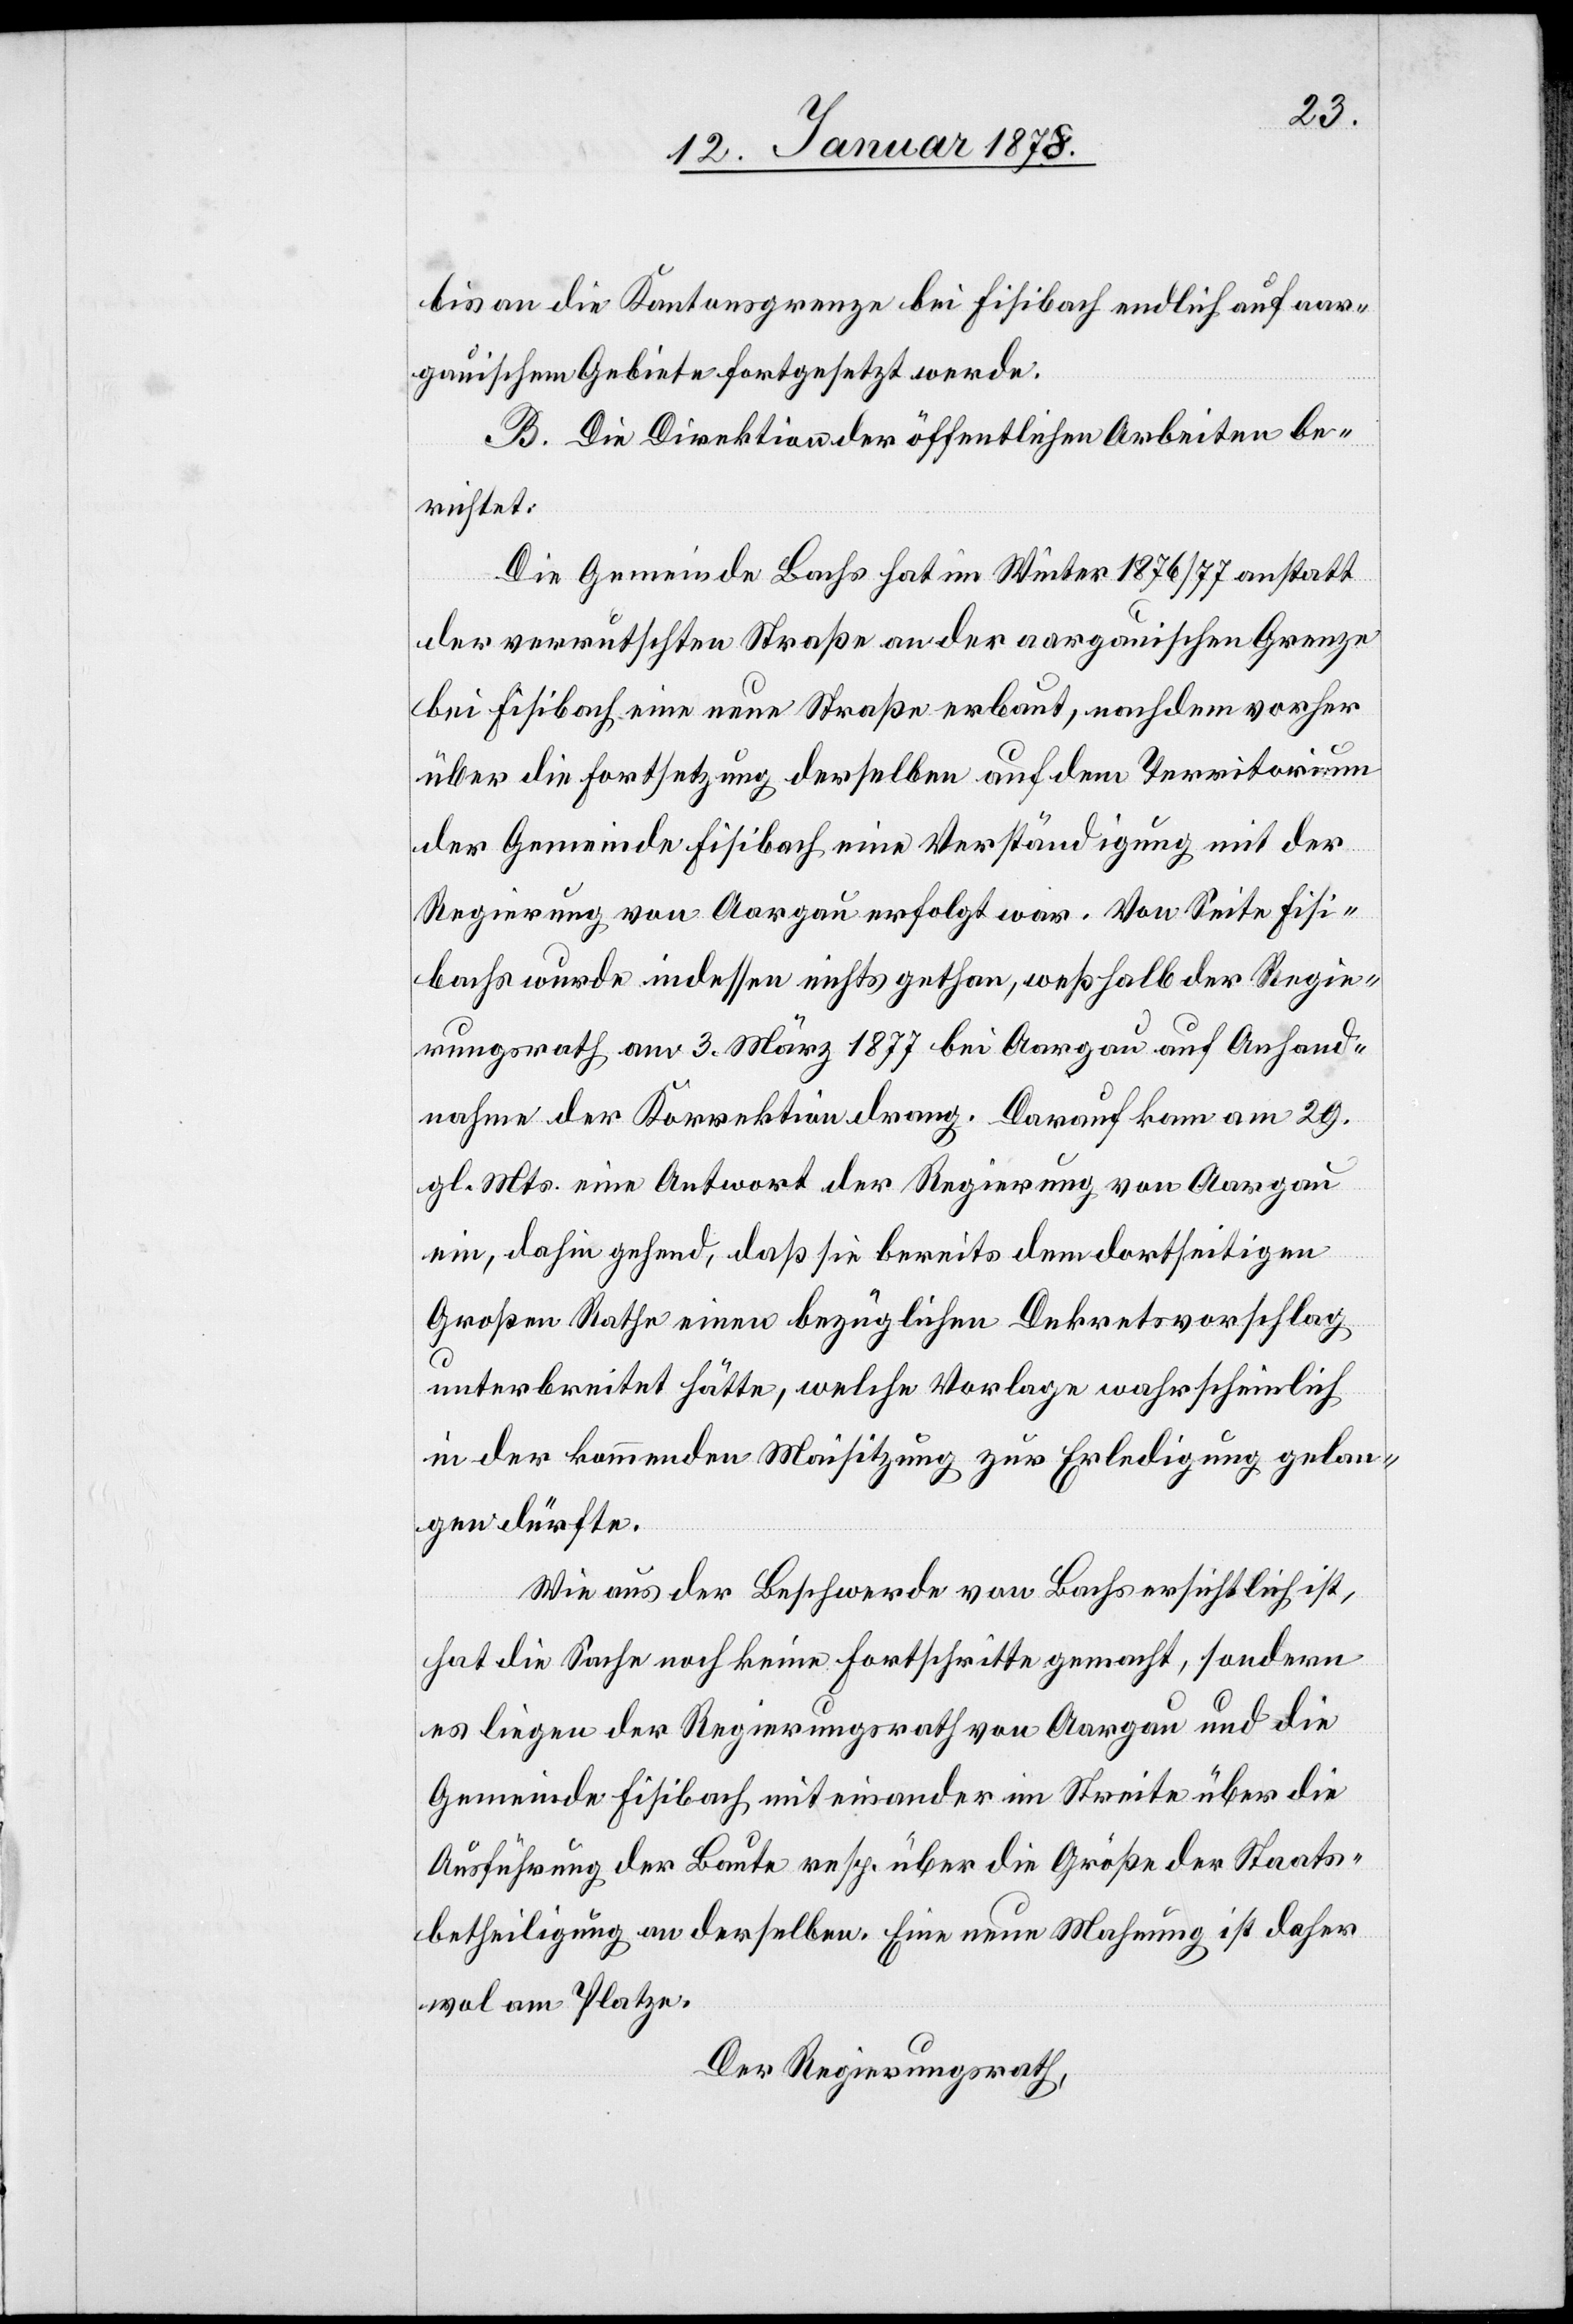
bis an die Kantonsgrenze bei Fisibach endlich auf aar¬
gauischem Gebiete fortgesetzt werde.
B. Die Direktion der öffentlichen Arbeiten be¬
richtet:
Die Gemeinde Bachs hat im Winter 1876/77 anstatt
der verrutschten Straße an der aargauischen Grenze
bei Fisibach eine neue Straße erbaut, nachdem vorher
über die Fortsetzung derselben auf dem Territorium
der Gemeinde Fisibach eine Verständigung mit der
Regierung von Aargau erfolgt war. Von Seite Fisi¬
bachs wurde indessen nichts gethan, weßhalb der Regie¬
rungsrath am 3 März 1877 bei Aargau auf Anhand¬
nahme der Korrektion drang. Darauf kam am 29.
gl. Mts. eine Antwort der Regierung von Aargau
ein, dahin gehend, daß sie bereits dem dortseitigen
Großen Rathe einen bezüglichen Dekretsvorschlag
unterbreitet hätte, welche Vorlage wahrscheinlich
in der kommenden Maisitzung zur Erledigung gelan¬
gen dürfte.
Wie aus der Beschwerde von Bachs ersichtlich ist,
hat die Sache noch keine Fortschritte gemacht, sondern
es liegen der Regierungsrath von Aargau und die
Gemeinde Fisibach miteinander im Streite über die
Ausführung der Baute resp. über die Größe der Staats¬
betheiligung an derselben. Eine neue Mahnung ist daher
wol am Platze.
Der Regierungsrath,